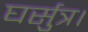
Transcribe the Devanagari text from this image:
घर्सुत्र।